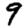
Digit: 9